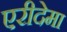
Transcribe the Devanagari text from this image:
एरीदेमा